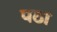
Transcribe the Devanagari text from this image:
पठा